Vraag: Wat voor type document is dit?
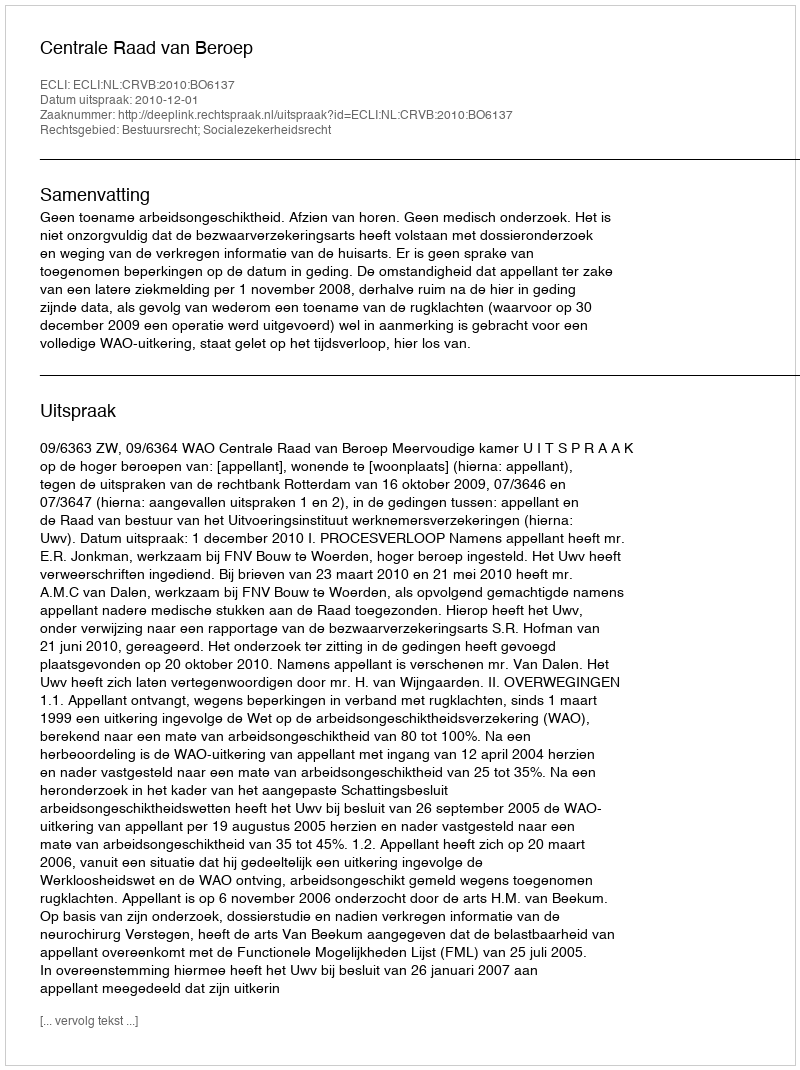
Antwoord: Uitspraak